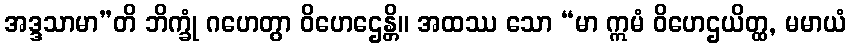
အဒ္ဒသာမာ”တိ ဘိက္ခုံ ဂဟေတွာ ဝိဟေဌေန္တိ။ အထဿ သော “မာ ဣမံ ဝိဟေဌယိတ္ထ, မမာယံ